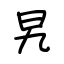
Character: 旯